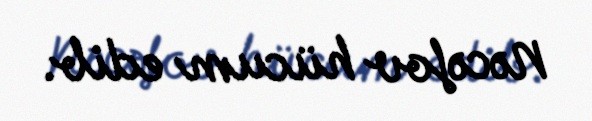
Nəcəfov hücum edib.